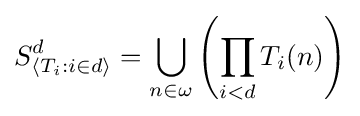
S_{\langle T_{i}:i\in d\rangle }^{d}=\bigcup _{n\in \omega }\left(\prod _{i<d}T_{i}(n)\right)